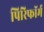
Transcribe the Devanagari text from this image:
पिरिफॉर्म